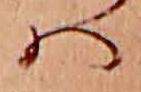
ハ